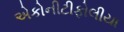
એકોનીટીફોલીયા